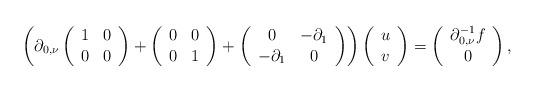
LaTeX: \begin{align*}\left(\partial_{0,\nu}\left(\begin{array}{cc}1 & 0\\0 & 0\end{array}\right)+\left(\begin{array}{cc}0 & 0\\0 & 1\end{array}\right)+\left(\begin{array}{cc}0 & -\partial_{1}\\-\partial_{1} & 0\end{array}\right)\right)\left(\begin{array}{c}u\\v\end{array}\right)=\left(\begin{array}{c}\partial_{0,\nu}^{-1}f\\0\end{array}\right),\end{align*}